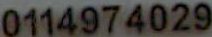
0114974029